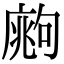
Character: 𢊙